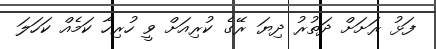
ފަޅު ރަށަށް ދަތުރު ދިޔަ ރޭގެ ކުރިއަށް ވީ ހުރިހާ ކަމެއް ކަހަލަ